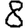
Digit: 8